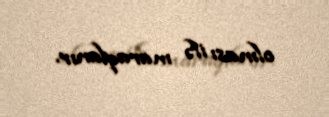
olması ilə maraqlanır.